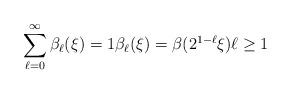
LaTeX: \begin{align*}\sum_{\ell=0}^\infty \beta_\ell (\xi) = 1 \beta_\ell (\xi) = \beta(2^{1-\ell}\xi) \ell \geq 1\end{align*}